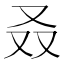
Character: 叒